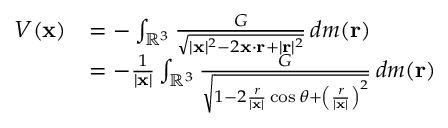
{ \begin{array} { r l } { V ( \mathbf { x } ) } & { = - \int _ { \mathbb { R } ^ { 3 } } { \frac { G } { \sqrt { | \mathbf { x } | ^ { 2 } - 2 \mathbf { x } \cdot \mathbf { r } + | \mathbf { r } | ^ { 2 } } } } \, d m ( \mathbf { r } ) } \\ & { = - { \frac { 1 } { | \mathbf { x } | } } \int _ { \mathbb { R } ^ { 3 } } { \frac { G } { \sqrt { 1 - 2 { \frac { r } { | \mathbf { x } | } } \cos \theta + \left( { \frac { r } { | \mathbf { x } | } } \right) ^ { 2 } } } } \, d m ( \mathbf { r } ) } \end{array} }